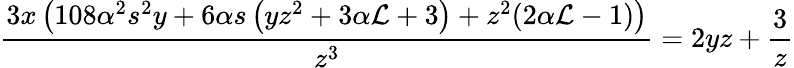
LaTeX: \frac{3x\left(108\alpha^{2}s^{2}y+6\alpha s\left(yz^{2}+3\alpha\mathcal{L}+3\right)+z^{2}(2\alpha\mathcal{L}-1)\right)}{z^{3}}=2yz+\frac{3}{z}